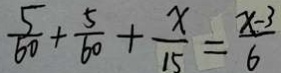
\frac { 5 } { 6 0 } + \frac { 5 } { 6 0 } + \frac { x } { 1 5 } = \frac { x - 3 } { 6 }